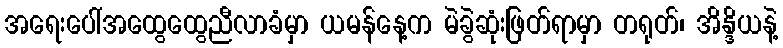
အရေးပေါ်အထွေထွေညီလာခံမှာ ယမန်နေ့က မဲခွဲဆုံးဖြတ်ရာမှာ တရုတ်၊ အိန္ဒိယနဲ့